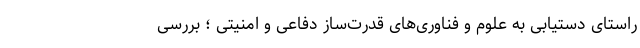
راستای دستیابی به علوم و فناوری‌های قدرت­ساز دفاعی و امنیتی ؛ بررسی